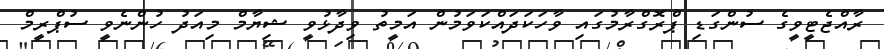
ރާއްޖެޓީވީގެ ސުންގަޑި ޕްރޮގްރާމުގައި ވާހަކަދައްކަަވަމުން އަމީތު ވިދާޅުވީ ޝިޔާމް މިއަދު ހުންނެވީ ސުޕްރީމް